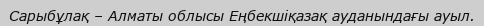
Сарыбұлақ – Алматы облысы Еңбекшіқазақ ауданындағы ауыл.